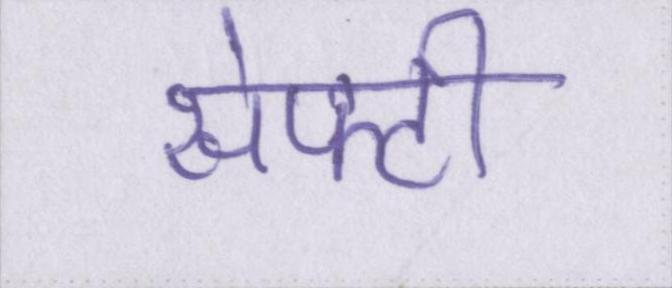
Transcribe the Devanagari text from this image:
सेफ्टी